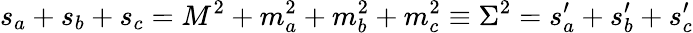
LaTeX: s_{a}+s_{b}+s_{c}=M^{2}+m_{a}^{2}+m_{b}^{2}+m_{c}^{2}\equiv\Sigma^{2}=s_{a}^{\prime}+s_{b}^{\prime}+s_{c}^{\prime}